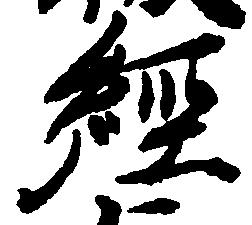
経